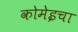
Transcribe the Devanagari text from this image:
कोमेइचा